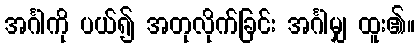
အင်္ဂါကို ပယ်၍ အတုလိုက်ခြင်း အင်္ဂါမျှ ထူး၏။